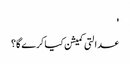
'
عدالتی کمیشن کیا کرے گا؟